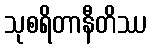
သုစရိတာနီတိဿ